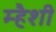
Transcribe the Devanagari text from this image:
म्हैशी